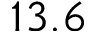
1 3 . 6